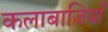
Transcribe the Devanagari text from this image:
कलाबाजियाँ